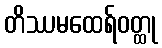
တိဿမထေရ်ဝတ္ထု